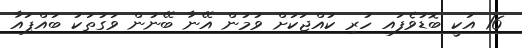
16 އަކީ ބޮޑުވެފައި ހުރި ކުއްޖަކަށް ވުމުން އޭނާ ބޭނުން ވަގުތަކު ބައްޕައާ